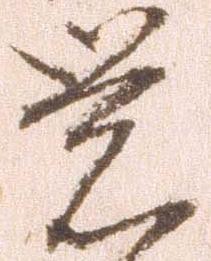
覚